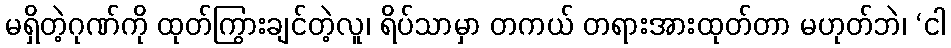
မရှိတဲ့ဂုဏ်ကို ထုတ်ကြွားချင်တဲ့လူ၊ ရိပ်သာမှာ တကယ် တရားအားထုတ်တာ မဟုတ်ဘဲ၊ ‘ငါ